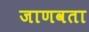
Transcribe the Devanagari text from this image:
जाणवता